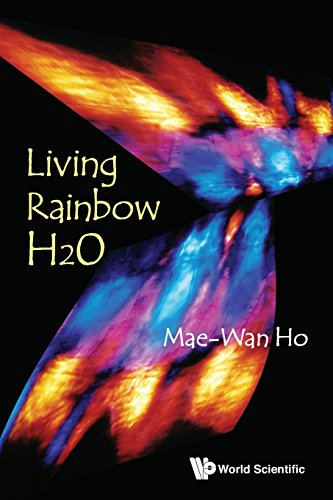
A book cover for Living Rainbow H2O; Mae-Wan Ho; Medical Books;